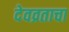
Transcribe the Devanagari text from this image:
देवव्रताचा